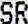
SR